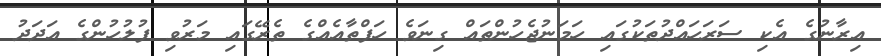
އިރާނުގެ އެކި ސަރަހައްދުތަކުގައި ހަމަނުޖެހުންތައް ގިނަވެ ހަފްތާއެއްގެ ތެރޭގައި މަރުވި ފުލުހުންގެ އަދަދު